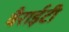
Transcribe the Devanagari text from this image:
वैराईटी